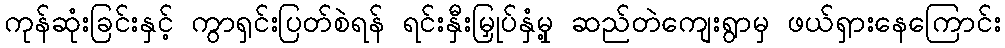
ကုန်ဆုံးခြင်းနှင့် ကွာရှင်းပြတ်စဲရန် ရင်းနှီးမြှုပ်နှံမှု့ ဆည်တဲကျေးရွာမှ ဖယ်ရှားနေကြောင်း